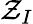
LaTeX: \mathcal{Z}_{I}